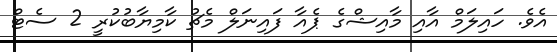
އެވެ. ހައިލަމް އާއި މާއިޝްގެ ޕެއާ ފައިނަލް މެޗު ކާމިޔާބުކުރީ 2 ސެޓް